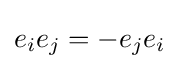
e_{i}e_{j}=-e_{j}e_{i}